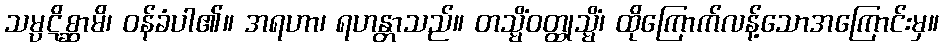
သမ္ပဋိစ္ဆာမိ၊ ဝန်ခံပါ၏။ အရဟာ၊ ရဟန္တာသည်။ တသ္မိံဝတ္ထုသ္မိံ၊ ထိုကြောက်လန့်သောအကြောင်းမှ။